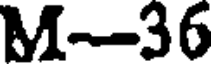
M-36